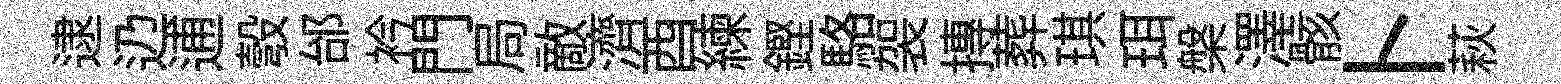
逮辸逋彀邰衿門局敵濟酉練鏗駱袈摶葬琪珥槃澤骸卜萩